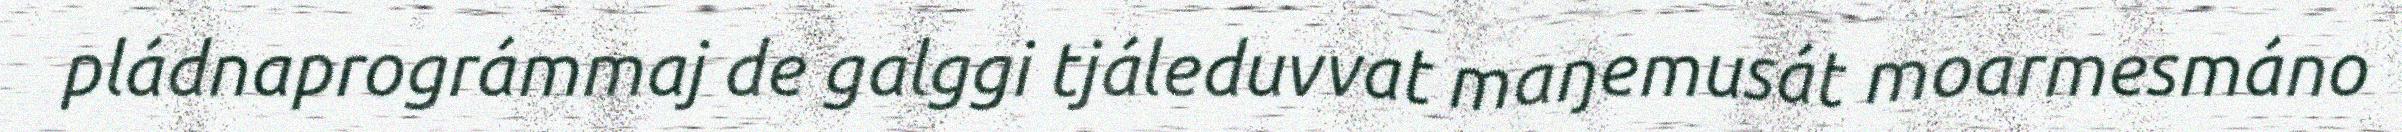
pládnaprográmmaj de galggi tjáleduvvat maŋemusát moarmesmáno